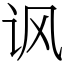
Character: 讽